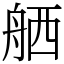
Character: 舾